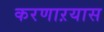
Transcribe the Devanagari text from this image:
करणाऱयास